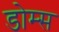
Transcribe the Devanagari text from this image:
डोम्स